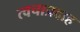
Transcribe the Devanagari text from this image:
त्वचाप्रदाह